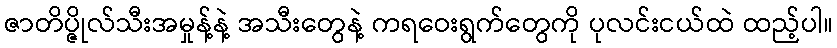
ဇာတိပ္ဇိုလ်သီးအမှုန့်နဲ့ အသီးတွေနဲ့ ကရဝေးရွက်တွေကို ပုလင်းငယ်ထဲ ထည့်ပါ။